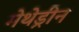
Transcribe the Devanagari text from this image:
मेथेड्रीन